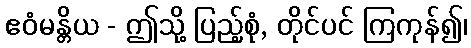
ဧဝံမန္တိယ - ဤသို့ ပြည့်စုံ, တိုင်ပင် ကြကုန်၍၊